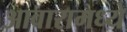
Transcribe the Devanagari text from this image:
आवारामध्ये